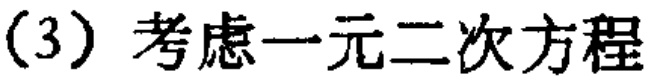
(3) 考虑一元二次方程